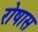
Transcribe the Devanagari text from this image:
रोषास